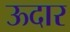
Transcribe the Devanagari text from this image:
ऊदार